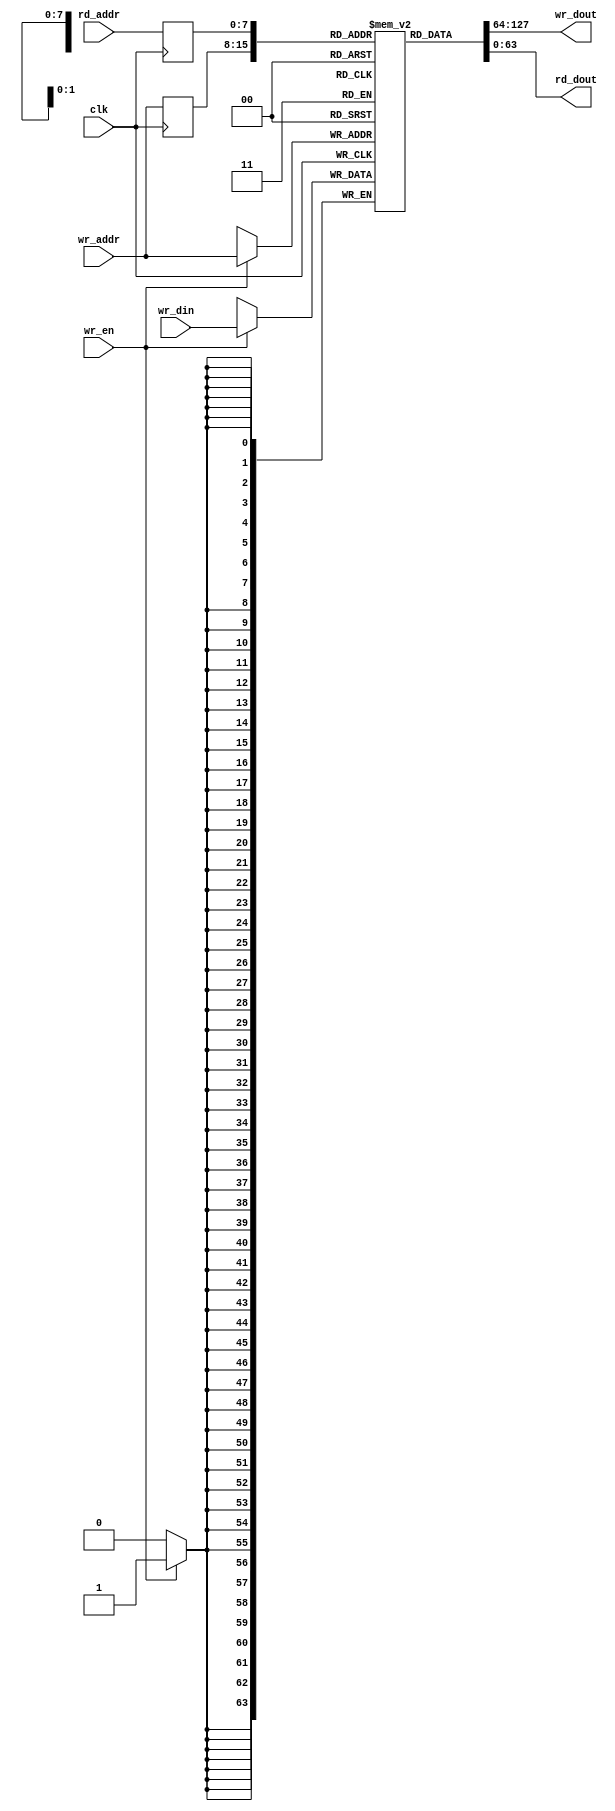
/*******************************************************************
  Author: Bo-Yuan Peng bypeng@crypto.tw
  Copyright 2021 Academia Sinica
 
  This file is part of sntrup761_fcl.

  The RTL is free software: you can redistribute it and/or
  modify it under the terms of the GNU Lesser General Public License
  as published by the Free Software Foundation, either version 2.1 of
  the License, or (at your option) any later version.

  The RTL is distributed in the hope that it will be useful,
  but WITHOUT ANY WARRANTY; without even the implied warranty of
  MERCHANTABILITY or FITNESS FOR A PARTICULAR PURPOSE. See the GNU
  General Public License for more details.

  You should have received a copy of the GNU Lesser General Public
  License along with this program.
  If not, see <https://www.gnu.org/licenses/>.
 *******************************************************************/

module bram_n ( clk, wr_en, wr_addr, rd_addr, wr_din, wr_dout, rd_dout );

    parameter D_SIZE = 64;
    parameter Q_DEPTH = 8;

    localparam Q_SIZE = 1 << Q_DEPTH;

    input   clk;
    input   wr_en;
    input   [Q_DEPTH-1:0]   wr_addr;
    input   [Q_DEPTH-1:0]   rd_addr;
    input   [D_SIZE-1:0]    wr_din;
    output  [D_SIZE-1:0]    wr_dout;
    output  [D_SIZE-1:0]    rd_dout;

    reg     [D_SIZE-1:0]    ram [Q_SIZE-1:0];
    reg     [Q_DEPTH-1:0]   reg_wra;
    reg     [Q_DEPTH-1:0]   reg_rda;

    always @ (negedge clk) begin
        if(wr_en) begin
            ram[wr_addr] <= wr_din;
        end
        reg_wra <= wr_addr;
        reg_rda <= rd_addr;
    end

    assign wr_dout = ram[reg_wra];
    assign rd_dout = ram[reg_rda];

endmodule

module bram_p ( clk, wr_en, wr_addr, rd_addr, wr_din, wr_dout, rd_dout );

    parameter D_SIZE = 64;
    parameter Q_DEPTH = 8;

    localparam Q_SIZE = 1 << Q_DEPTH;

    input   clk;
    input   wr_en;
    input   [Q_DEPTH-1:0]   wr_addr;
    input   [Q_DEPTH-1:0]   rd_addr;
    input   [D_SIZE-1:0]    wr_din;
    output  [D_SIZE-1:0]    wr_dout;
    output  [D_SIZE-1:0]    rd_dout;

    reg     [D_SIZE-1:0]    ram [Q_SIZE-1:0];
    reg     [Q_DEPTH-1:0]   reg_wra;
    reg     [Q_DEPTH-1:0]   reg_rda;

    always @ (posedge clk) begin
        if(wr_en) begin
            ram[wr_addr] <= wr_din;
        end
        reg_wra <= wr_addr;
        reg_rda <= rd_addr;
    end

    assign wr_dout = ram[reg_wra];
    assign rd_dout = ram[reg_rda];

endmodule